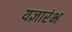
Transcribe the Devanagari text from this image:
यज्ञारंभ